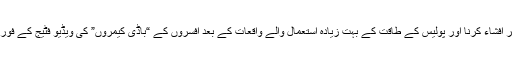
ان میں پولیس کے انضباطی ریکارڈ کو عوامی سطح پر افشاء کرنا اور پولیس کے طاقت کے بہت زیادہ استعمال والے واقعات کے بعد افسروں کے “باڈی کیمروں” کی ویڈیو فٹیج کے فوری اجرا جیسے چند ایک لازمی نئے اقدامات شامل ہیں۔